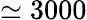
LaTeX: \simeq 3000